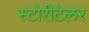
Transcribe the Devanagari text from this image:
स्टोरीटेलर